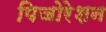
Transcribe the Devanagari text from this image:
पिजोरेशन